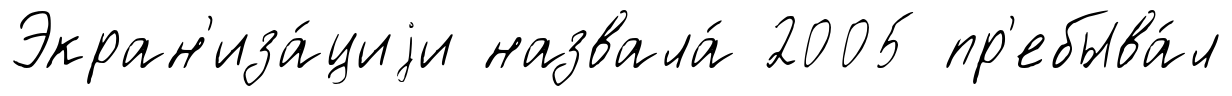
Экран'иза́циjи назвала́ 2005 пр'ебыва́л